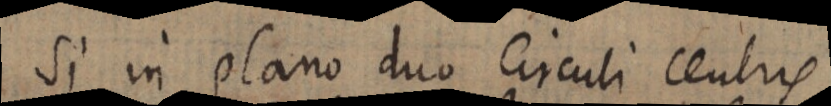
Si in plano duo Circuli centris